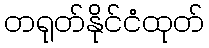
တရုတ်နိုင်ငံထုတ်